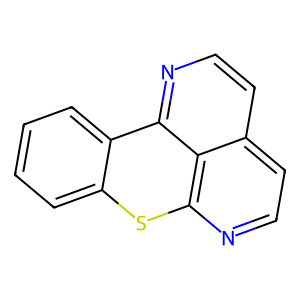
SMILES: c1ccc2c(c1)sc1nccc3ccnc2c31
Inhibits HIV replication: No